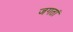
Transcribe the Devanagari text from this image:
जगतां